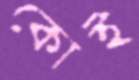
কোই